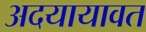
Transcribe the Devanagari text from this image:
अदयायावत